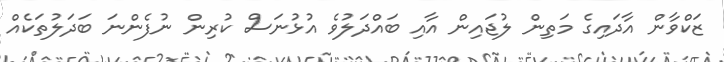
ޒަކްވާން އާދައިގެ މަތިން ލުޖައިން އާއި ބައްދަލުވެ އުޅުނަސް ކުރިން ނުފެންނަ ބަދަލުތަކެއް